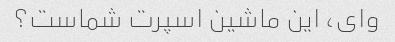
وای، این ماشین اسپرت شماست؟